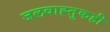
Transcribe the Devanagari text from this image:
जलवाह्तुकही